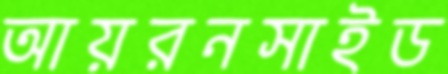
আয়রনসাইড